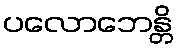
ပလောဘေန္တိ